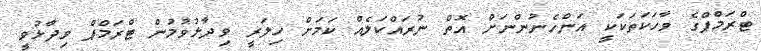
ޓްރަމްޕްގެ ވާހަކަތަކަކީ އަންހެނުންނަށް އޮތް ނުރައްކަލެއް ކަމަށް ހިލަރީ ވިދާޅުވުމުން ޓްރަމްޕް ވިދާޅުވީ